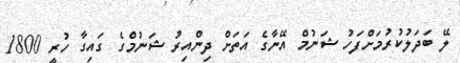
ލޭ ބަދަލުކުރުމަށްފަހު ޝަނުމް އޭނާގެ އަތަށް ދިންއިރު ޝަނުމްގެ ގައިގާ ހުރީ 1800